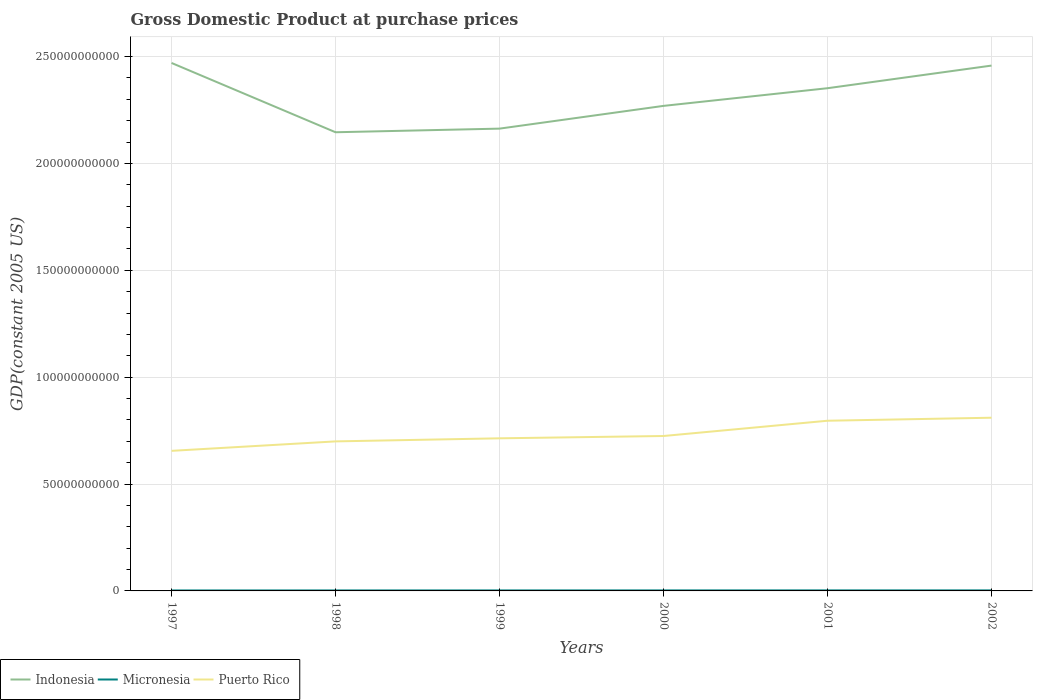
| Years | Indonesia | Micronesia | Puerto Rico |
 | --- | --- | --- | --- |
 | 1997 | 2.47e+11 | 2.22e+08 | 6.55e+10 |
 | 1998 | 2.15e+11 | 2.29e+08 | 7e+10 |
 | 1999 | 2.16e+11 | 2.32e+08 | 7.14e+10 |
 | 2000 | 2.27e+11 | 2.42e+08 | 7.25e+10 |
 | 2001 | 2.35e+11 | 2.47e+08 | 7.96e+10 |
 | 2002 | 2.46e+11 | 2.48e+08 | 8.1e+10 |